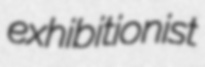
exhibitionist